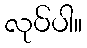
လုပ်ပါ။